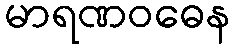
မာရဏဝဓေန